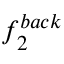
f _ { 2 } ^ { b a c k }